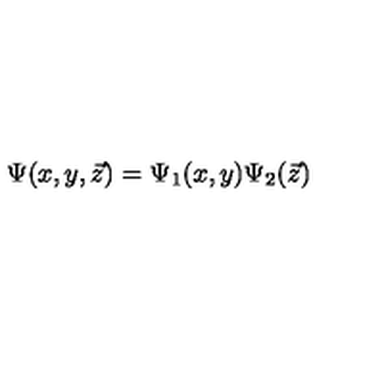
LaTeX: \Psi ( x , y , \vec { z } ) = \Psi _ { 1 } ( x , y ) \Psi _ { 2 } ( \vec { z } )